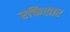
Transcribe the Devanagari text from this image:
रक्तिसार